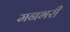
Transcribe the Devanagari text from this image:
मनभरी